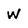
Character: w